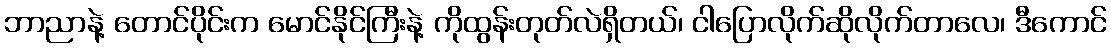
ဘာညာနဲ့ တောင်ပိုင်းက မောင်နိုင်ကြီးနဲ့ ကိုထွန်းတုတ်လဲရှိတယ်၊ ငါပြောလိုက်ဆိုလိုက်တာလေ၊ ဒီကောင်